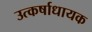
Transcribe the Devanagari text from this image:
उत्कर्षाधायक